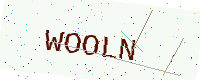
Text: WOOLN